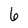
Character: 6